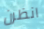
انظرن